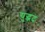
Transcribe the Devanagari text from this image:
युद्धद